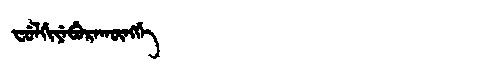
Manchu: ᠸᡠᠯᡤᡳᠶᡝᠪᡠᡵᠠᡴᡡᠩᡤᡝ
Romanization: FULGIYEBURAKŪNGGE